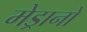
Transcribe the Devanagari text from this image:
मेड्रानो